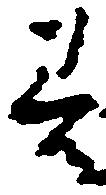
善